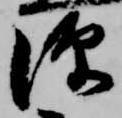
源